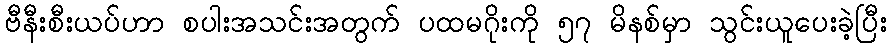
ဗီနီးစီးယပ်ဟာ စပါးအသင်းအတွက် ပထမဂိုးကို ၅၇ မိနစ်မှာ သွင်းယူပေးခဲ့ပြီး